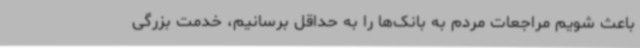
باعث شویم مراجعات مردم به بانک‌ها را به حداقل برسانیم، خدمت بزرگی